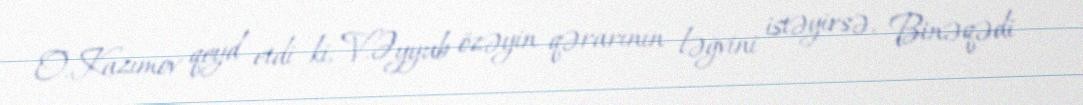
O.Kazımov qeyd etdi ki, V.Əyyub özəyin qərarının ləğvini istəyirsə, Binəqədi